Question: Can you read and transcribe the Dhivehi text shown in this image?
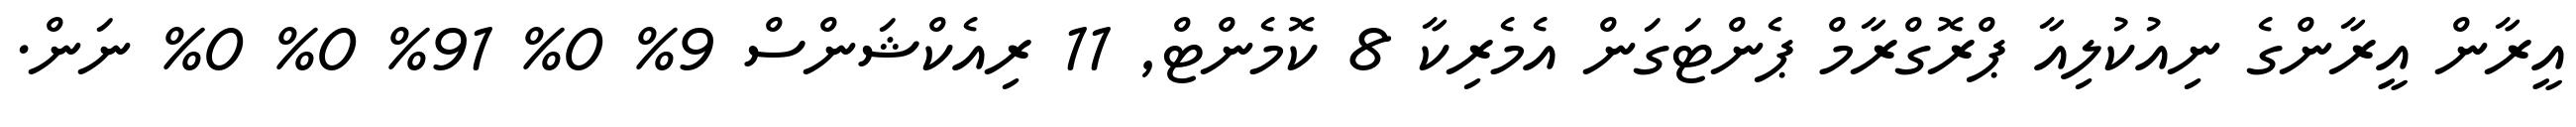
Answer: އީރާން އީރާންގެ ނިއުކުލިއާ ޕްރޮގްރާމް ޕެންޓަގަން އެމެރިކާ 8 ކޮމެންޓް, 11 ރިއެކްޝަންސް 9% 0% 91% 0% 0% ނަން.